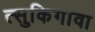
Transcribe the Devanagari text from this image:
त्सुकिगावा